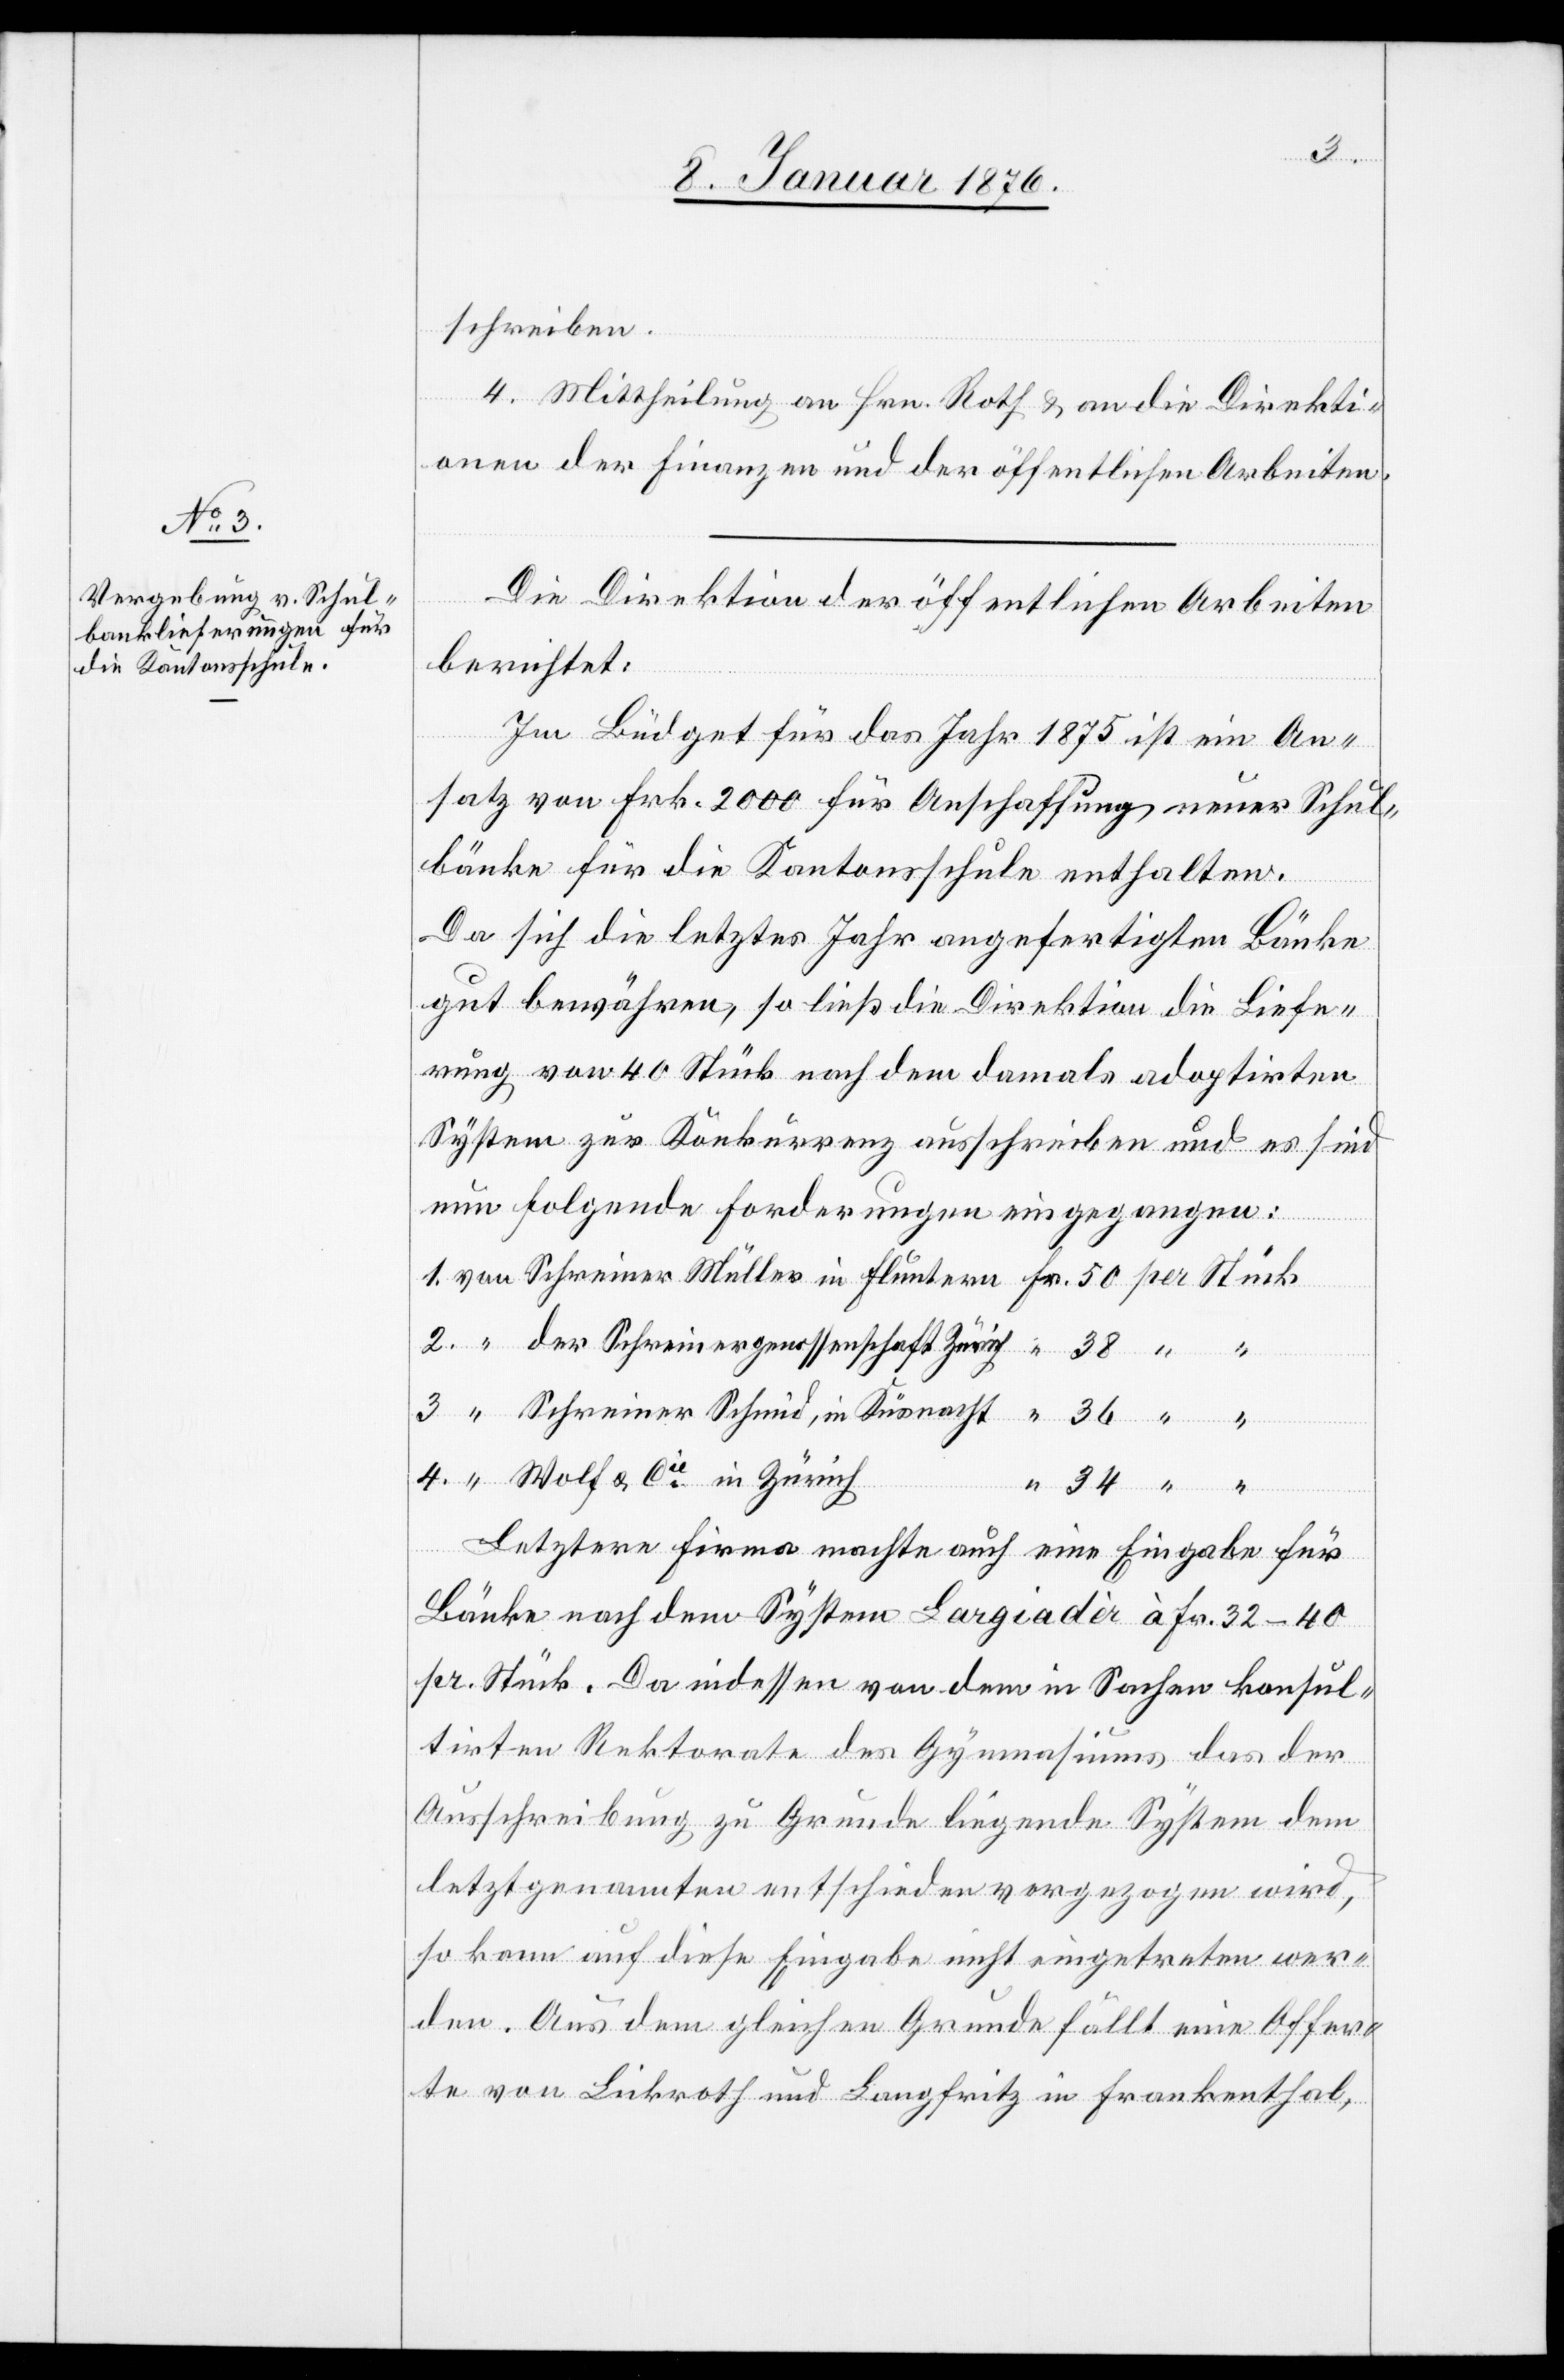
3.
schreiben.
4. Mittheilung an Hrn. Roth u. an die Direkti¬
on der Finanzen und der öffentlichen Arbeiten.
Die Direktion der öffentlichen Arbeiten
berichtet:
Im Büdget für das Jahr 1875 ist ein An¬
satz von Frk. 2000 für Anschaffung neuer Schul¬
bänke für die Kantonsschule enthalten.
Da sich die letztes Jahr angefertigten Bänke
gut bewähren, so ließ die Direktion die Liefe¬
rung, von 40 Stück nach dem damals adoptirten
System zur Konkurrenz ausschreiben und es sind
nun folgende Forderungen eingegangen:
der Schreinergenossenschaft Zürich
Cie in
Letztere Firma machte auch eine Eingabe für
Bänke nach dem System Largiardèr à Fr. 32–40
pr. Stück. Da indessen von dem in Sachen konsul¬
tirten Rektorate des Gymnasiums das der
Ausschreibung zu Grunde liegende System dem
letztgenannten entscheiden vorgezogen wird,
so kann auf diese Eingabe nicht eingetreten wer¬
den. Aus dem gleichen Grunde fällt eine Offer¬
te von Lickroth und Langfritz in Frankenthal,